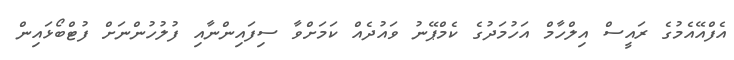
އެފްއޭއެމުގެ ރައީސް އިލްހާމް އަހުމަދުގެ ކެމްޕޭނު ވައުދެއް ކަމަށްވާ ސިފައިންނާއި ފުލުހުންނަށް ފުޓްބޯޅައިން